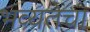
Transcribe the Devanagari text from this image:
भव्यतेचा